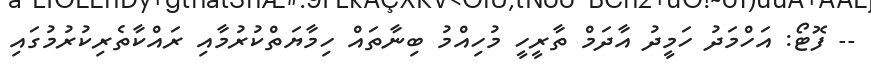
-- ފޮޓޯ: އަހްމަދު ހަމީދު އާދަމް ތާރީހީ މުހިއްމު ބިނާތައް ހިމާޔަތްކުރުމާއި ރައްކާތެރިކުރުމުގައި